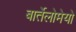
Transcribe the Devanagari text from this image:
बार्तेलोमेयो